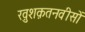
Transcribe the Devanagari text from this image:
ख़ुशक़तनवीसों